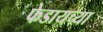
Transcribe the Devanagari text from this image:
फेडायच्या